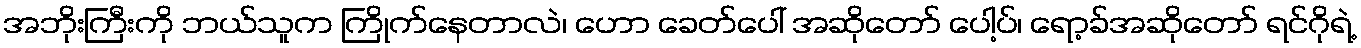
အဘိုးကြီးကို ဘယ်သူက ကြိုက်နေတာလဲ၊ ဟော ခေတ်ပေါ် အဆိုတော် ပေါ့ပ်၊ ရော့ခ်အဆိုတော် ရင်ဂိုရဲ့